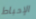
الإحباط